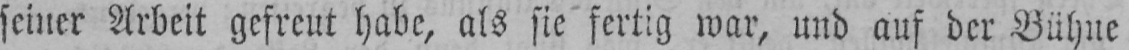
seiner Arbeit gefreut habe, als sie fertig war, und auf der Bühne